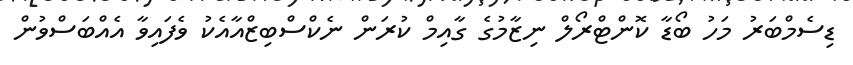
ޑިސެމްބަރު މަހު ބޯޑާ ކޮންޓްރޯލް ނިޒާމުގެ ގާއިމް ކުރަން ނެކްސްބިޒްއާއެކު ވެފައިވާ އެއްބަސްވުން